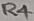
Text: R4